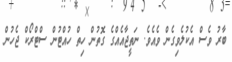
ބާރު ވެސް އެކުލެވިގެން ވެއެވެ. ނަތީޖާއެއްގެ ގޮތުން ހިތް ހުއްޓުން ސްޓްރޯކް ޖެހުން